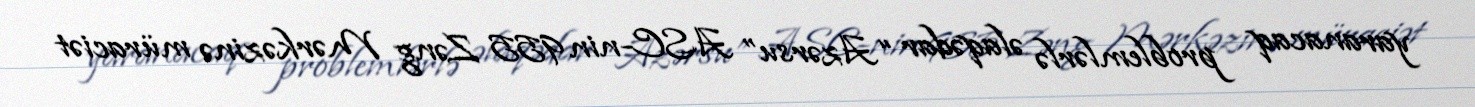
yaranacaq problemlərlə əlaqədar “Azərsu” ASC-nin 955 Zəng Mərkəzinə müraciət